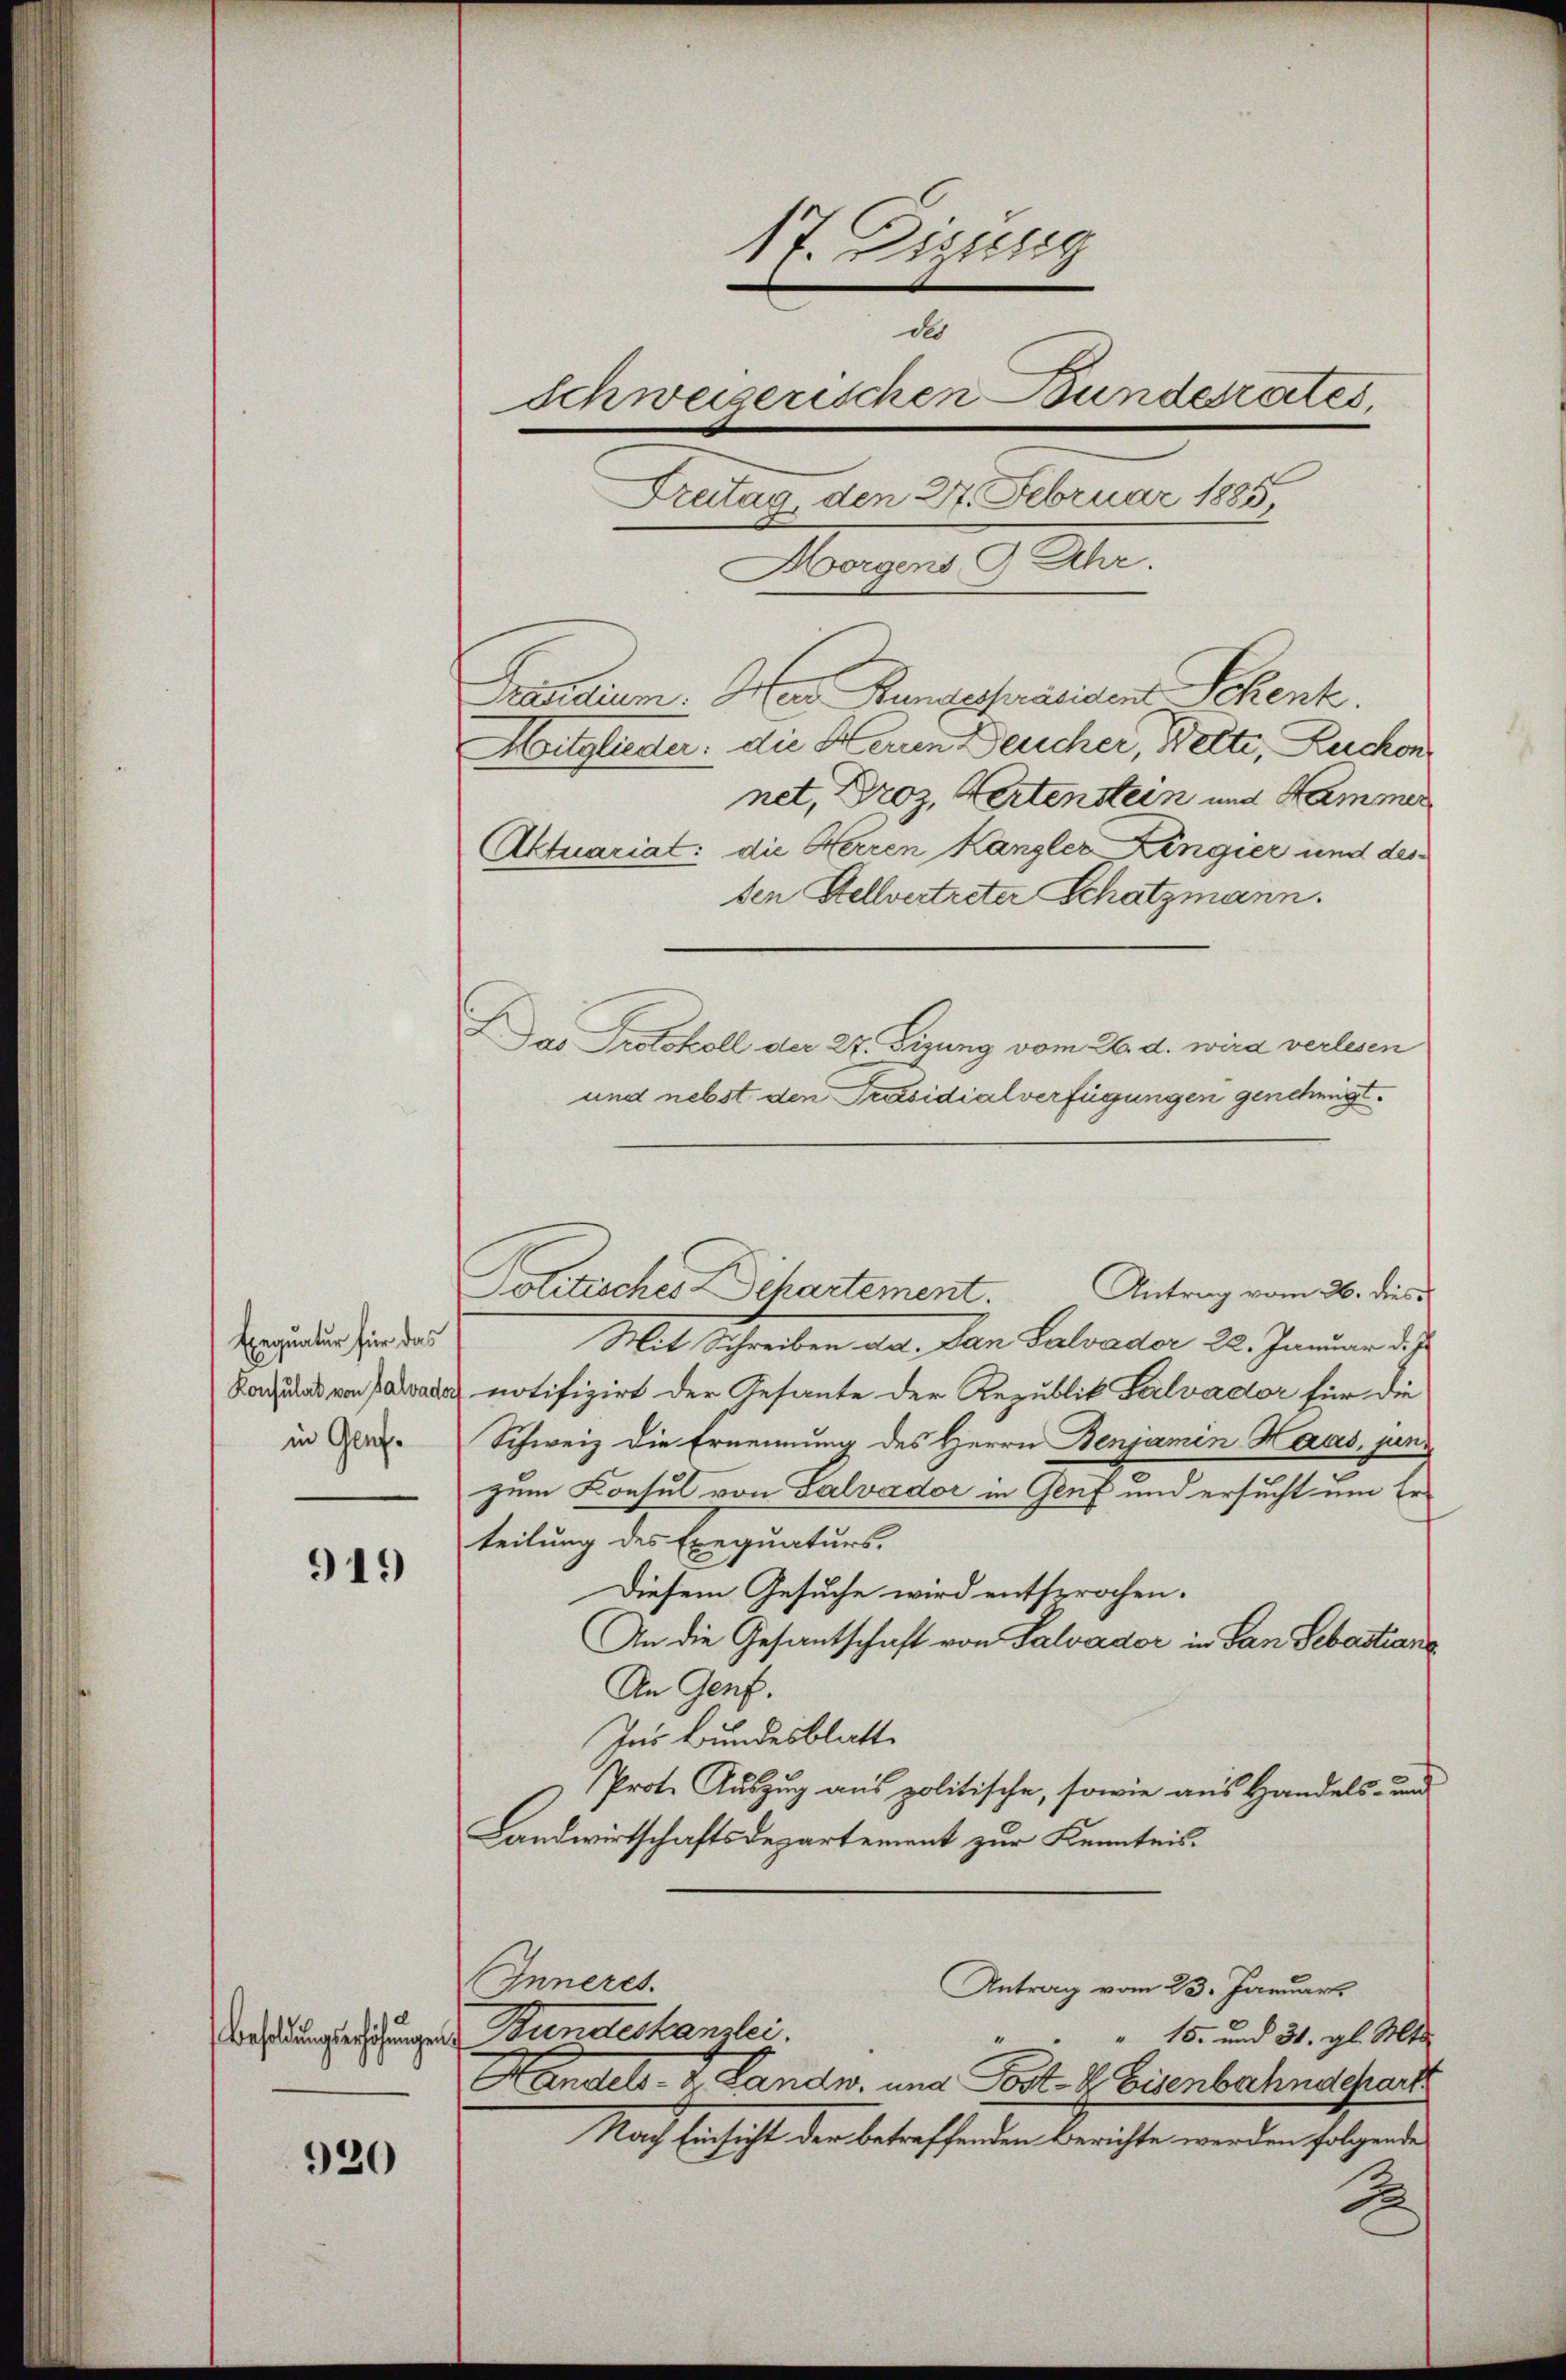
Exequatur für das
Konsulat von Salvador
in Genf.

919

Besoldungserhöhungen.

920

17. Diszig
ds
Schweizerischen Bundesrates,
Treitag den 27. Februar 1885
Morgens 9 Uhr.

Präsidium. Herr Rangespräsiden Schenk.
Mitglieder: die Herren Deucher, Wette, Ruchon
net, Droz, Hertenstein und Hammer
Aktuariat: die Herren Kanzler Zingier und des
den Stellvertreter Schatzmann.
Das Protokoll der 27. Dizung vom 26. d. wird verlesen
Politisches chartement. Antrag vom 26. dies
Mit Schreiben dd. San Salvader 22. Januar d. J.
notifizirt der Gesante der Republik Galvador für die
Schweiz die Ernennung des Herrn Benjamin Haus, jun
zum Consul von Salvador in Genf und ersucht um Erteilung des Exequaturs.
Diesem Gesuche wird entsprochen.
An die Gesantschaft von Salvador in San Sebastiane
An Genf.
Ins Bundesblatte
Prote Auszug aus politische, sowie aus Handels- und
Landwirtschaftsdepartement zur Kenntnis.
Inneres.
Antrag vom 23. Januar
Bundeskanzlei.
" " " 15. und 31. gl. Mts.
Handels- u. Landw. und Post- & Eisenbahnderart
Nach Einsicht der betreffenden Berichte werden folgende
2

und nebst den Präsidialverfügungen genehmigt.